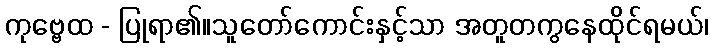
ကုဗ္ဗေထ - ပြုရာ၏။သူတော်ကောင်းနှင့်သာ အတူတကွနေထိုင်ရမယ်၊